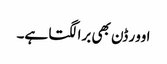
اوور ڈن بھی برا لگتا ہے۔